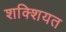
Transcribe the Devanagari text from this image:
शक्शियत